Leaving Certificate Examination (including Day School Certificate (Higher) General paper), 1933
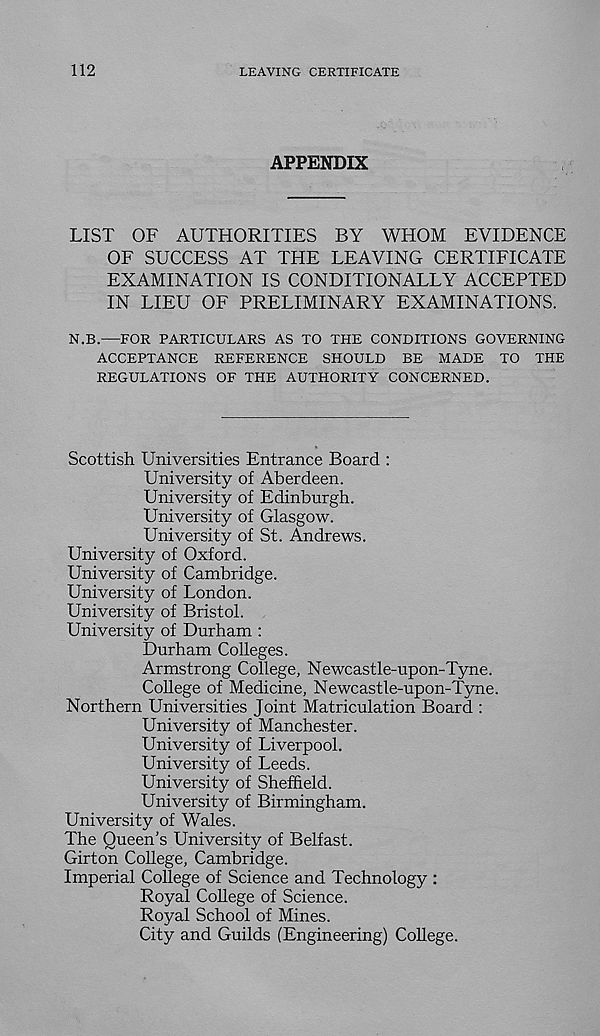
112
LEAVING CERTIFICATE
APPENDIX
LIST OF AUTHORITIES BY WHOM EVIDENCE
OF SUCCESS AT THE LEAVING CERTIFICATE
EXAMINATION IS CONDITIONALLY ACCEPTED
IN LIEU OF PRELIMINARY EXAMINATIONS.
N.B.—FOR PARTICULARS AS TO THE CONDITIONS GOVERNING
ACCEPTANCE REFERENCE SHOULD BE MADE TO THE
REGULATIONS OF THE AUTHORITY CONCERNED.
Scottish Universities Entrance Board :
University of Aberdeen.
University of Edinburgh.
University of Glasgow.
University of St. Andrews.
University of Oxford.
University of Cambridge.
University of London.
University of Bristol.
University of Durham :
Durham Colleges.
Armstrong College, Newcastle-upon-Tyne.
College of Medicine, Newcastle-upon-Tyne.
Northern Universities Joint Matriculation Board :
University of Manchester.
University of Liverpool.
University of Leeds.
University of Sheffield.
University of Birmingham.
University of Wales.
The Queen’s University of Belfast.
Girton College, Cambridge.
Imperial College of Science and Technology :
Royal College of Science.
Royal School of Mines.
City and Guilds (Engineering) College.